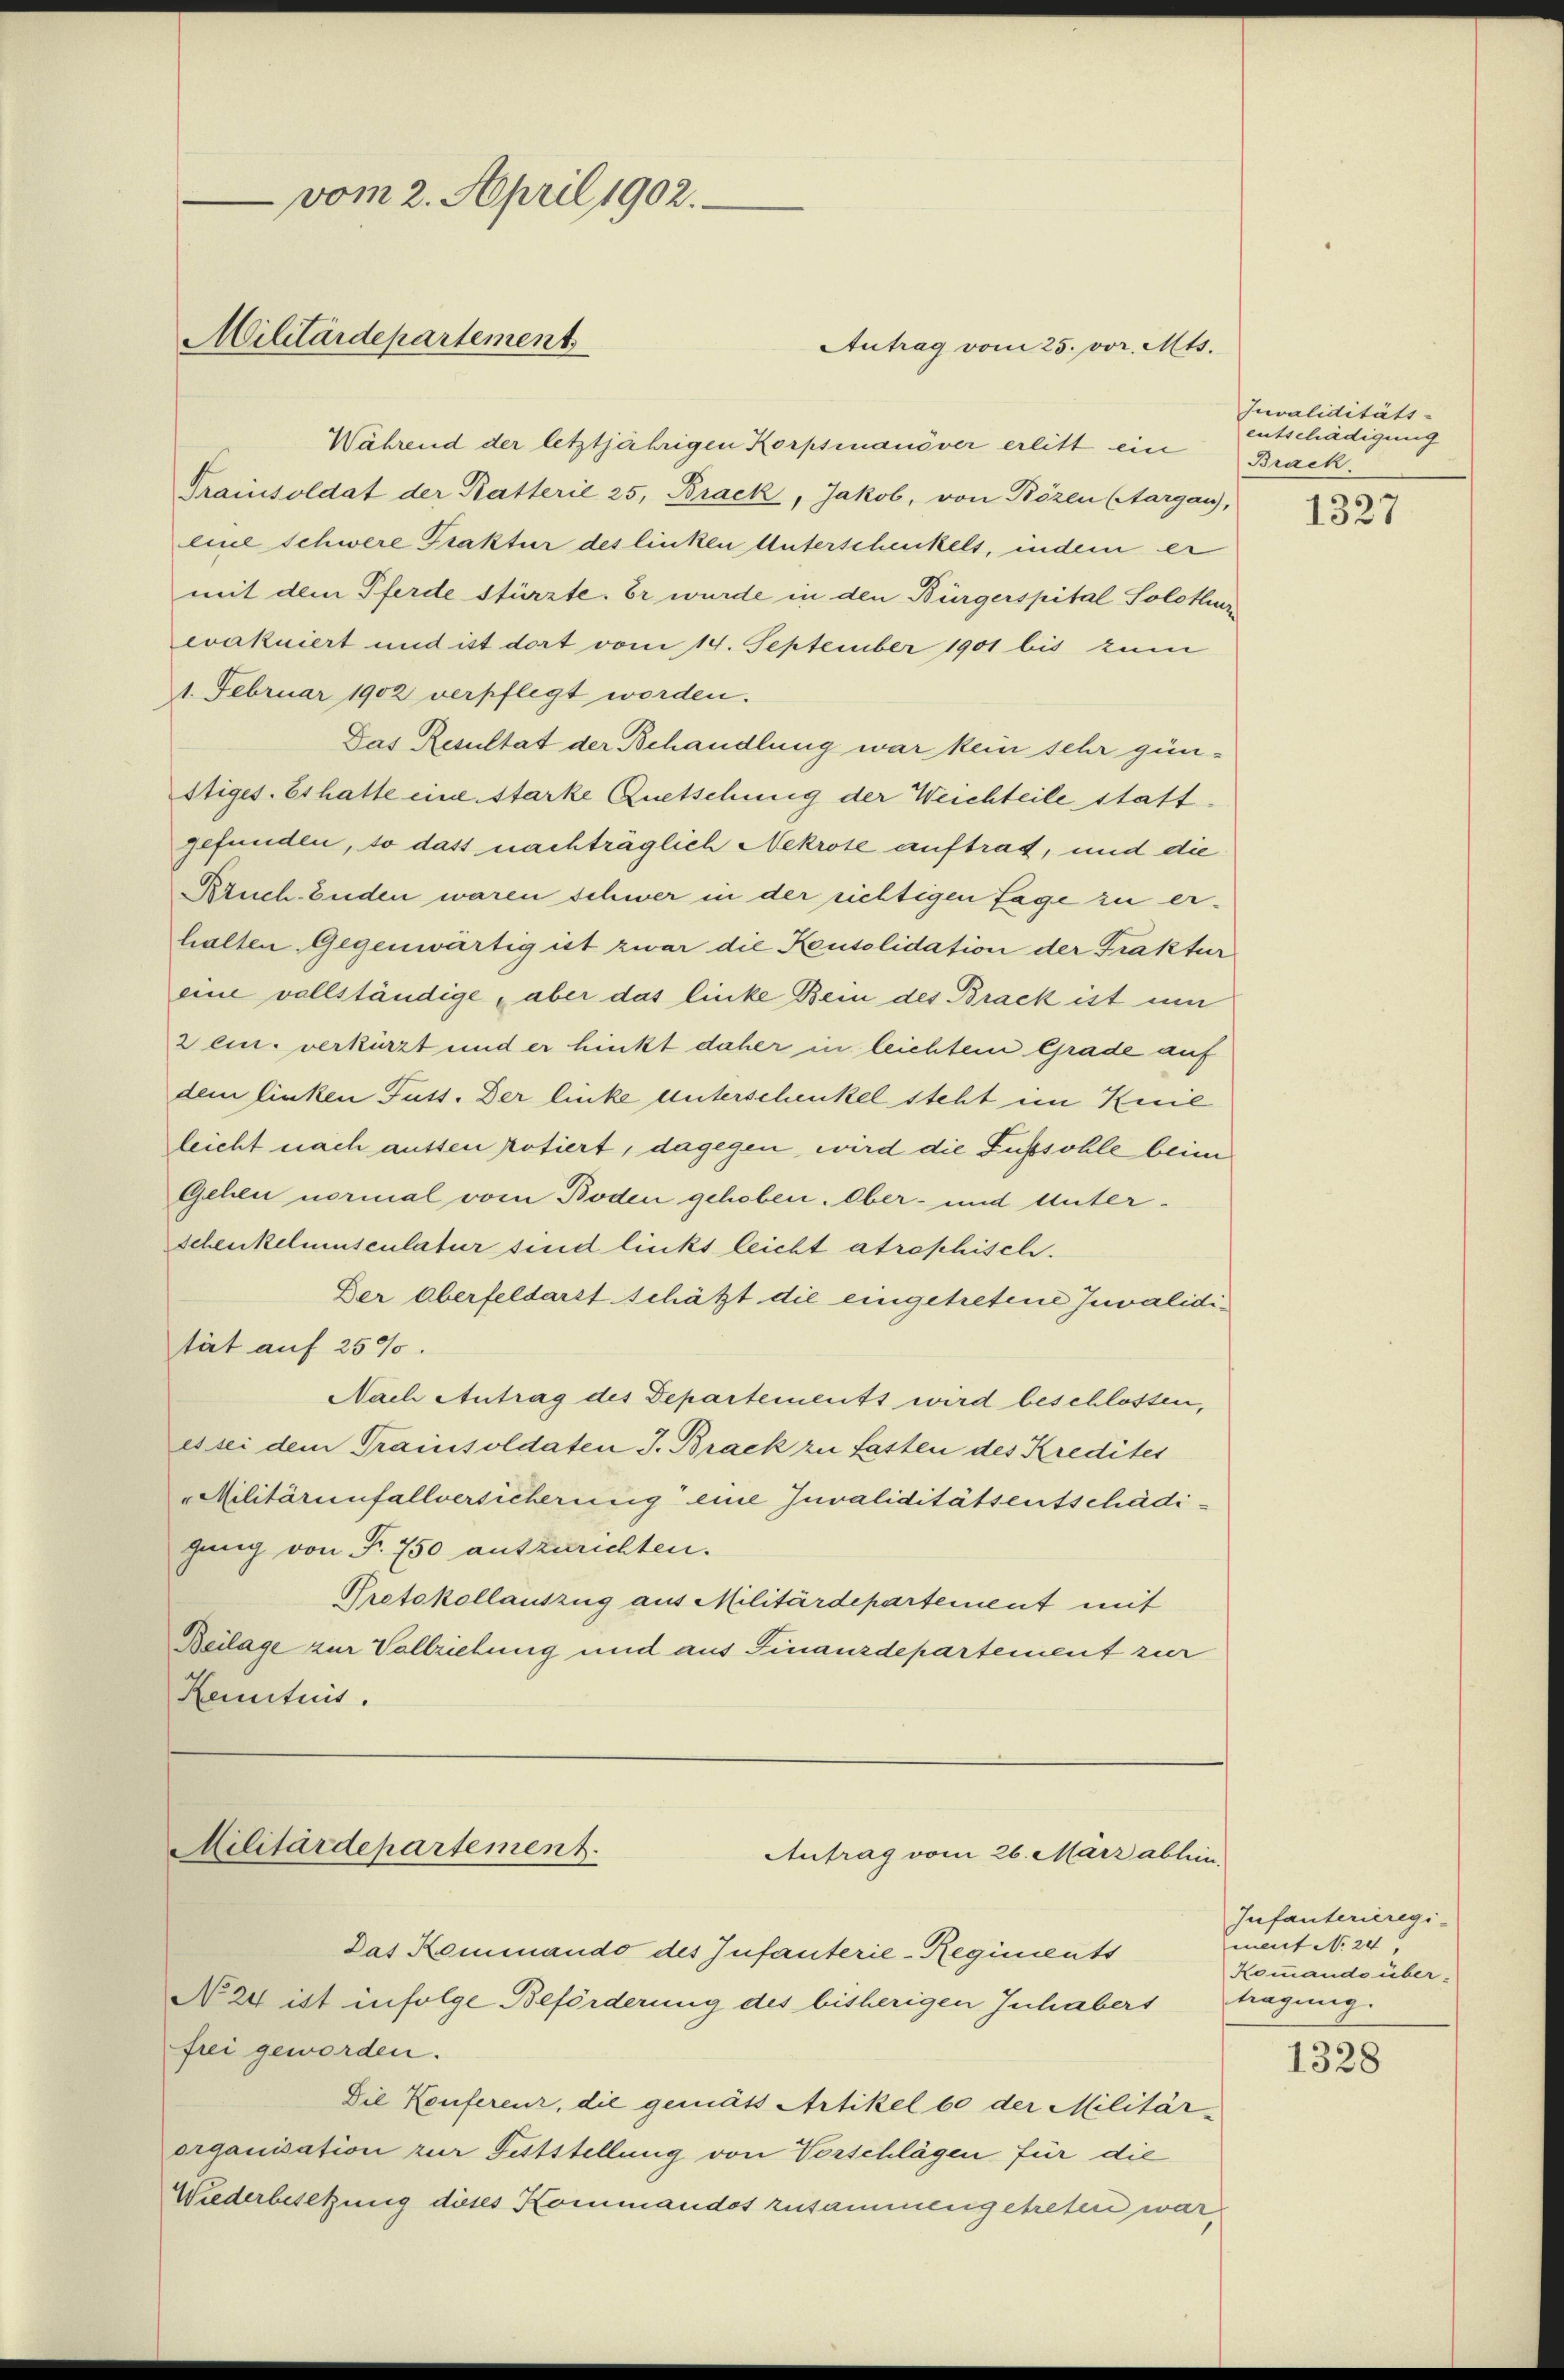
vom 2. April 1902.
Militärdepartement
Antrag vom 25. vor. Mts.

Während der letztjährigen Korpsmanöver erlitt ein Brack.
Trainsoldat der Katterie 25, Brack, Jakob, von Bözen (Aargau,
line Schwere Prakter des linken Unterschenkels, indem er
mit dem Pferde stürzte. Er wurde in den Bürgerspital Solothur
eakuiert und ist dort vom 14. September 1901 bis zum
1. Februar 1902 verpflegt worden.
Das Resultat der Behandlung war kein sehr gün-
stiges. Es hatte eine starke Quetschung der Weichteile stattgefunden, so das nachträglich Nekrote auftrag, und die
Kruch. Enden waren schwer in der richtigen Tage zu erhalten Gegenwärtig ist zwar die Konsolidation der Fraktur
eine vollständige aber das linke Bein des Brack ist um
zein. verkürzt und er hinkt daher in leichtem Grade auf
dem linken Fuss. Der linke unterschenkel steht im Knie
leicht nach aussen potiert, dagegen wird die Fußsohle beim
Gehen normal vom Boden gehoben. Ober- und Unter¬
Schenkelinsculatur sind links leicht atrophisch.
Der Oberfeldarst schätzt die eingetretene Invalidität auf 2500
Nach Antrag des Departements wird beschlossen,
es sei dem Trainsoldaten J. Brack zu fasten des Kredites
"Militärinfallversicherung eine Juvaliditätsentschädigung von Fr. 750 auszurichten.
Protokollauszug aus Militärdepartement mit
Beilage zur Vollziehung und aus Finanzdepartement zur
Kenntnis.

Militärdepartement.
Antrag vom 26. März ablein.

Das Kommando des Infanterie-Regiments
No 24 ist infolge Beförderung des bisherigen Inhabers
frei geworden.
Die Konferenz, die gemäss Artikel 60 der Militär-
organisation zur Feststellung von Vorschlägen für die
Wiederbesetzung dieses Kommandos zusammengetreten war,

Juvaliditäts-
entschädigung

1327

Infanterieregi-
ment No 24
Kommando über-
tragung.

1328